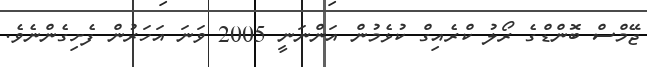
ޖޭމްސް ބޮންޑްގެ ރޯލު ކްރެއިގް ކުޅެމުން އަންނަނީ 2005 ވަނަ އަހަރުން ފެށިގެންނެވެ.